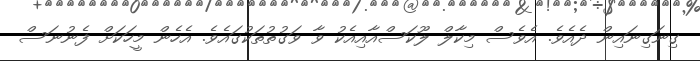
ގިނަގިނައިން ދެއެވެ. އެވެސް މިކާލް ލޫކަސްއާއިއެކު ވާ ވަގުތުތަކުގައެވެ. އެހެން މީހަކަށް ފެނުނަސް